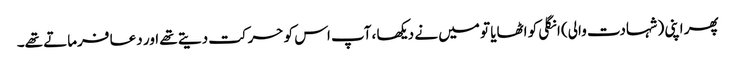
پھر اپنی (شہادت والی) انگلی کو اٹھایا تو میں نے دیکھا ،آپ اس کو حرکت دیتے تھے اور دعا فرماتے تھے۔